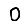
Digit: 0